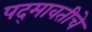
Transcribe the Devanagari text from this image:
पद्‍मावतीचे